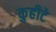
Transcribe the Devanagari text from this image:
कुहीटे